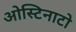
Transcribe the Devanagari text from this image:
ओस्टिनाटो